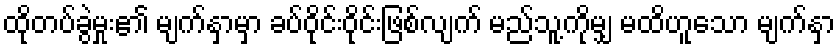
ထိုတပ်ခွဲမှုး၏ မျက်နှာမှာ ခပ်ဝိုင်းဝိုင်းဖြစ်လျက် မည်သူ့ကိုမျှ မထိဟူသော မျက်နှာ